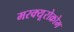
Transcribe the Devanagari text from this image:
मरक्यूरोक्रोम